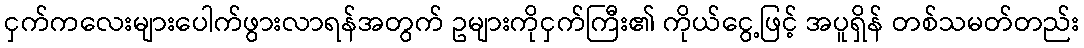
ငှက်ကလေးများပေါက်ဖွားလာရန်အတွက် ဥများကိုငှက်ကြီး၏ ကိုယ်ငွေ့ဖြင့် အပူရှိန် တစ်သမတ်တည်း